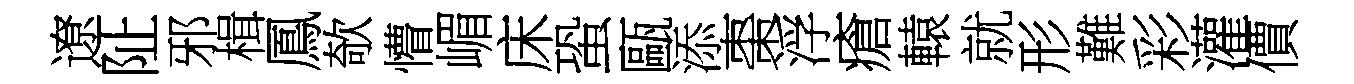
遼阯邪楫鳳欹懵嵋床蛩甌添棗浮瘡轅就形難彩灌價